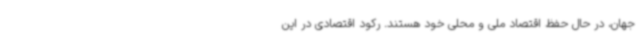
جهان، در حال حفظ اقتصاد ملی و محلی خود هستند. رکود اقتصادی در این